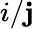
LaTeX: i/\mathbf{j}